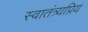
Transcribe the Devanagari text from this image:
स्वातंत्र्यप्रिय